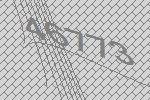
46773